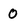
Character: 0